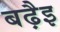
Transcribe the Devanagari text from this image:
बढ़ैइ